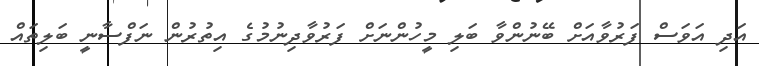
އަދި އަވަސް ފަރުވާއަށް ބޭނުންވާ ބަލި މީހުންނަށް ފަރުވާދިނުމުގެ އިތުރުން ނަފްސާނީ ބަލިތައް